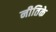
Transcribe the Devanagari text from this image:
नीतिके